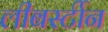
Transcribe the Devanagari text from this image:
लीबर्स्टीन